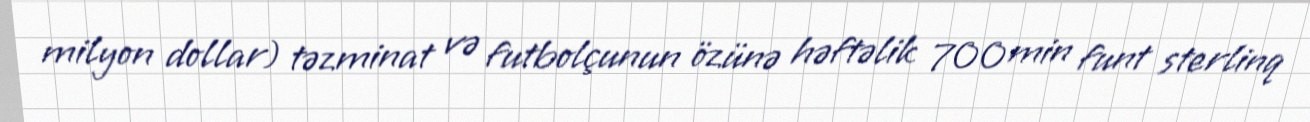
milyon dollar) təzminat və futbolçunun özünə həftəlik 700 min funt sterlinq